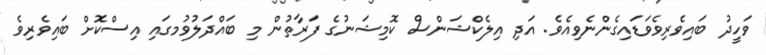
ވަހީދު ބައިވެރިވެވަޑައިގެންނެވިއެެވެ. އަދި އިލެކްޝަންސް ކޮމިޝަނުގެ ފަރާތުން މި ބައްދަލުވުމގައި އިސްކޮށް ބައިވެރިވެ